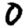
Digit: 0